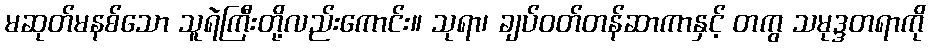
မဆုတ်မနစ်သော သူရဲကြီးတို့လည်းကောင်း။ သုရာ၊ ချပ်ဝတ်တန်ဆာကာနှင့် တကွ သမုဒ္ဒတရာကို